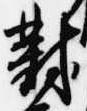
對